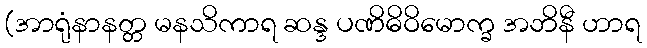
(အာရုံနာနတ္တ မနသိကာရ ဆန္ဒ ပဏိဓိဝိမောက္ခ အဘိနီ ဟာရ